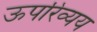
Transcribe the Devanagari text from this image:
ऊपरिव्यय